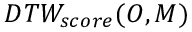
D T W _ { s c o r e } ( O , M )